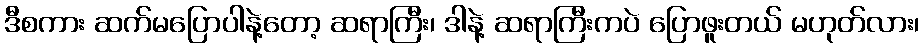
ဒီစကား ဆက်မပြောပါနဲ့တော့ ဆရာကြီး၊ ဒါနဲ့ ဆရာကြီးကပဲ ပြောဖူးတယ် မဟုတ်လား၊